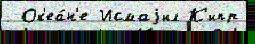
 Ок'еа́н'е Исмаjил К'ипр